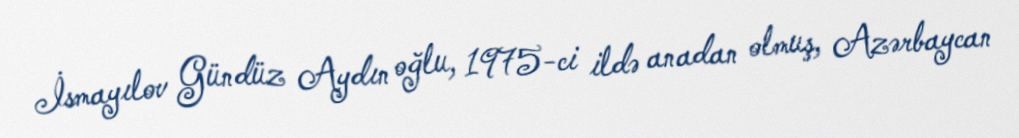
İsmayılov Gündüz Aydın oğlu, 1975-ci ildə anadan olmuş, Azərbaycan